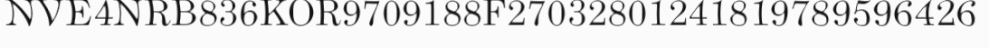
NVE4NRB836KOR9709188F27032801241819789596426